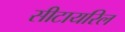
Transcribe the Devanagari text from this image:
सीटायरिल